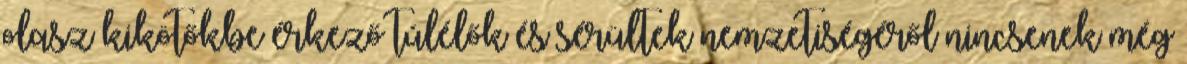
olasz kikötőkbe érkező túlélők és sérültek nemzetiségéről nincsenek még